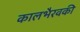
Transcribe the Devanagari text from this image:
कालभैरवकी